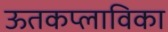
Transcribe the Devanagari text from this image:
ऊतकप्लाविका